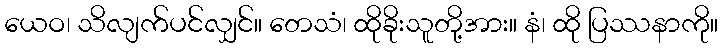
ယေဝ၊ သိလျက်ပင်လျှင်။ တေသံ၊ ထိုခိုးသူတို့အား။ နံ၊ ထို ပြဿနာကို။